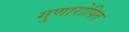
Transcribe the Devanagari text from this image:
गुणारोपित